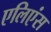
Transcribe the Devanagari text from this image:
एलिएंस